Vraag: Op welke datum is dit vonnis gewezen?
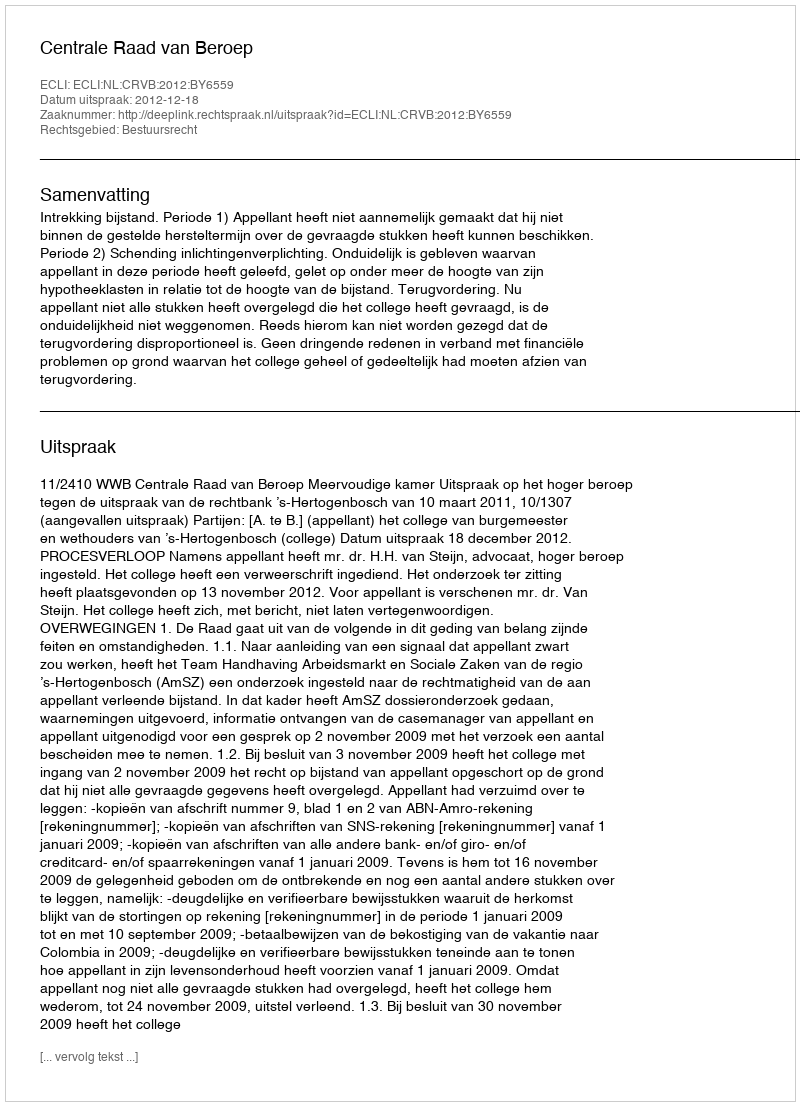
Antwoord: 2012-12-18